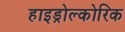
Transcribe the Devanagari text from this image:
हाइड्रोल्कोरिक